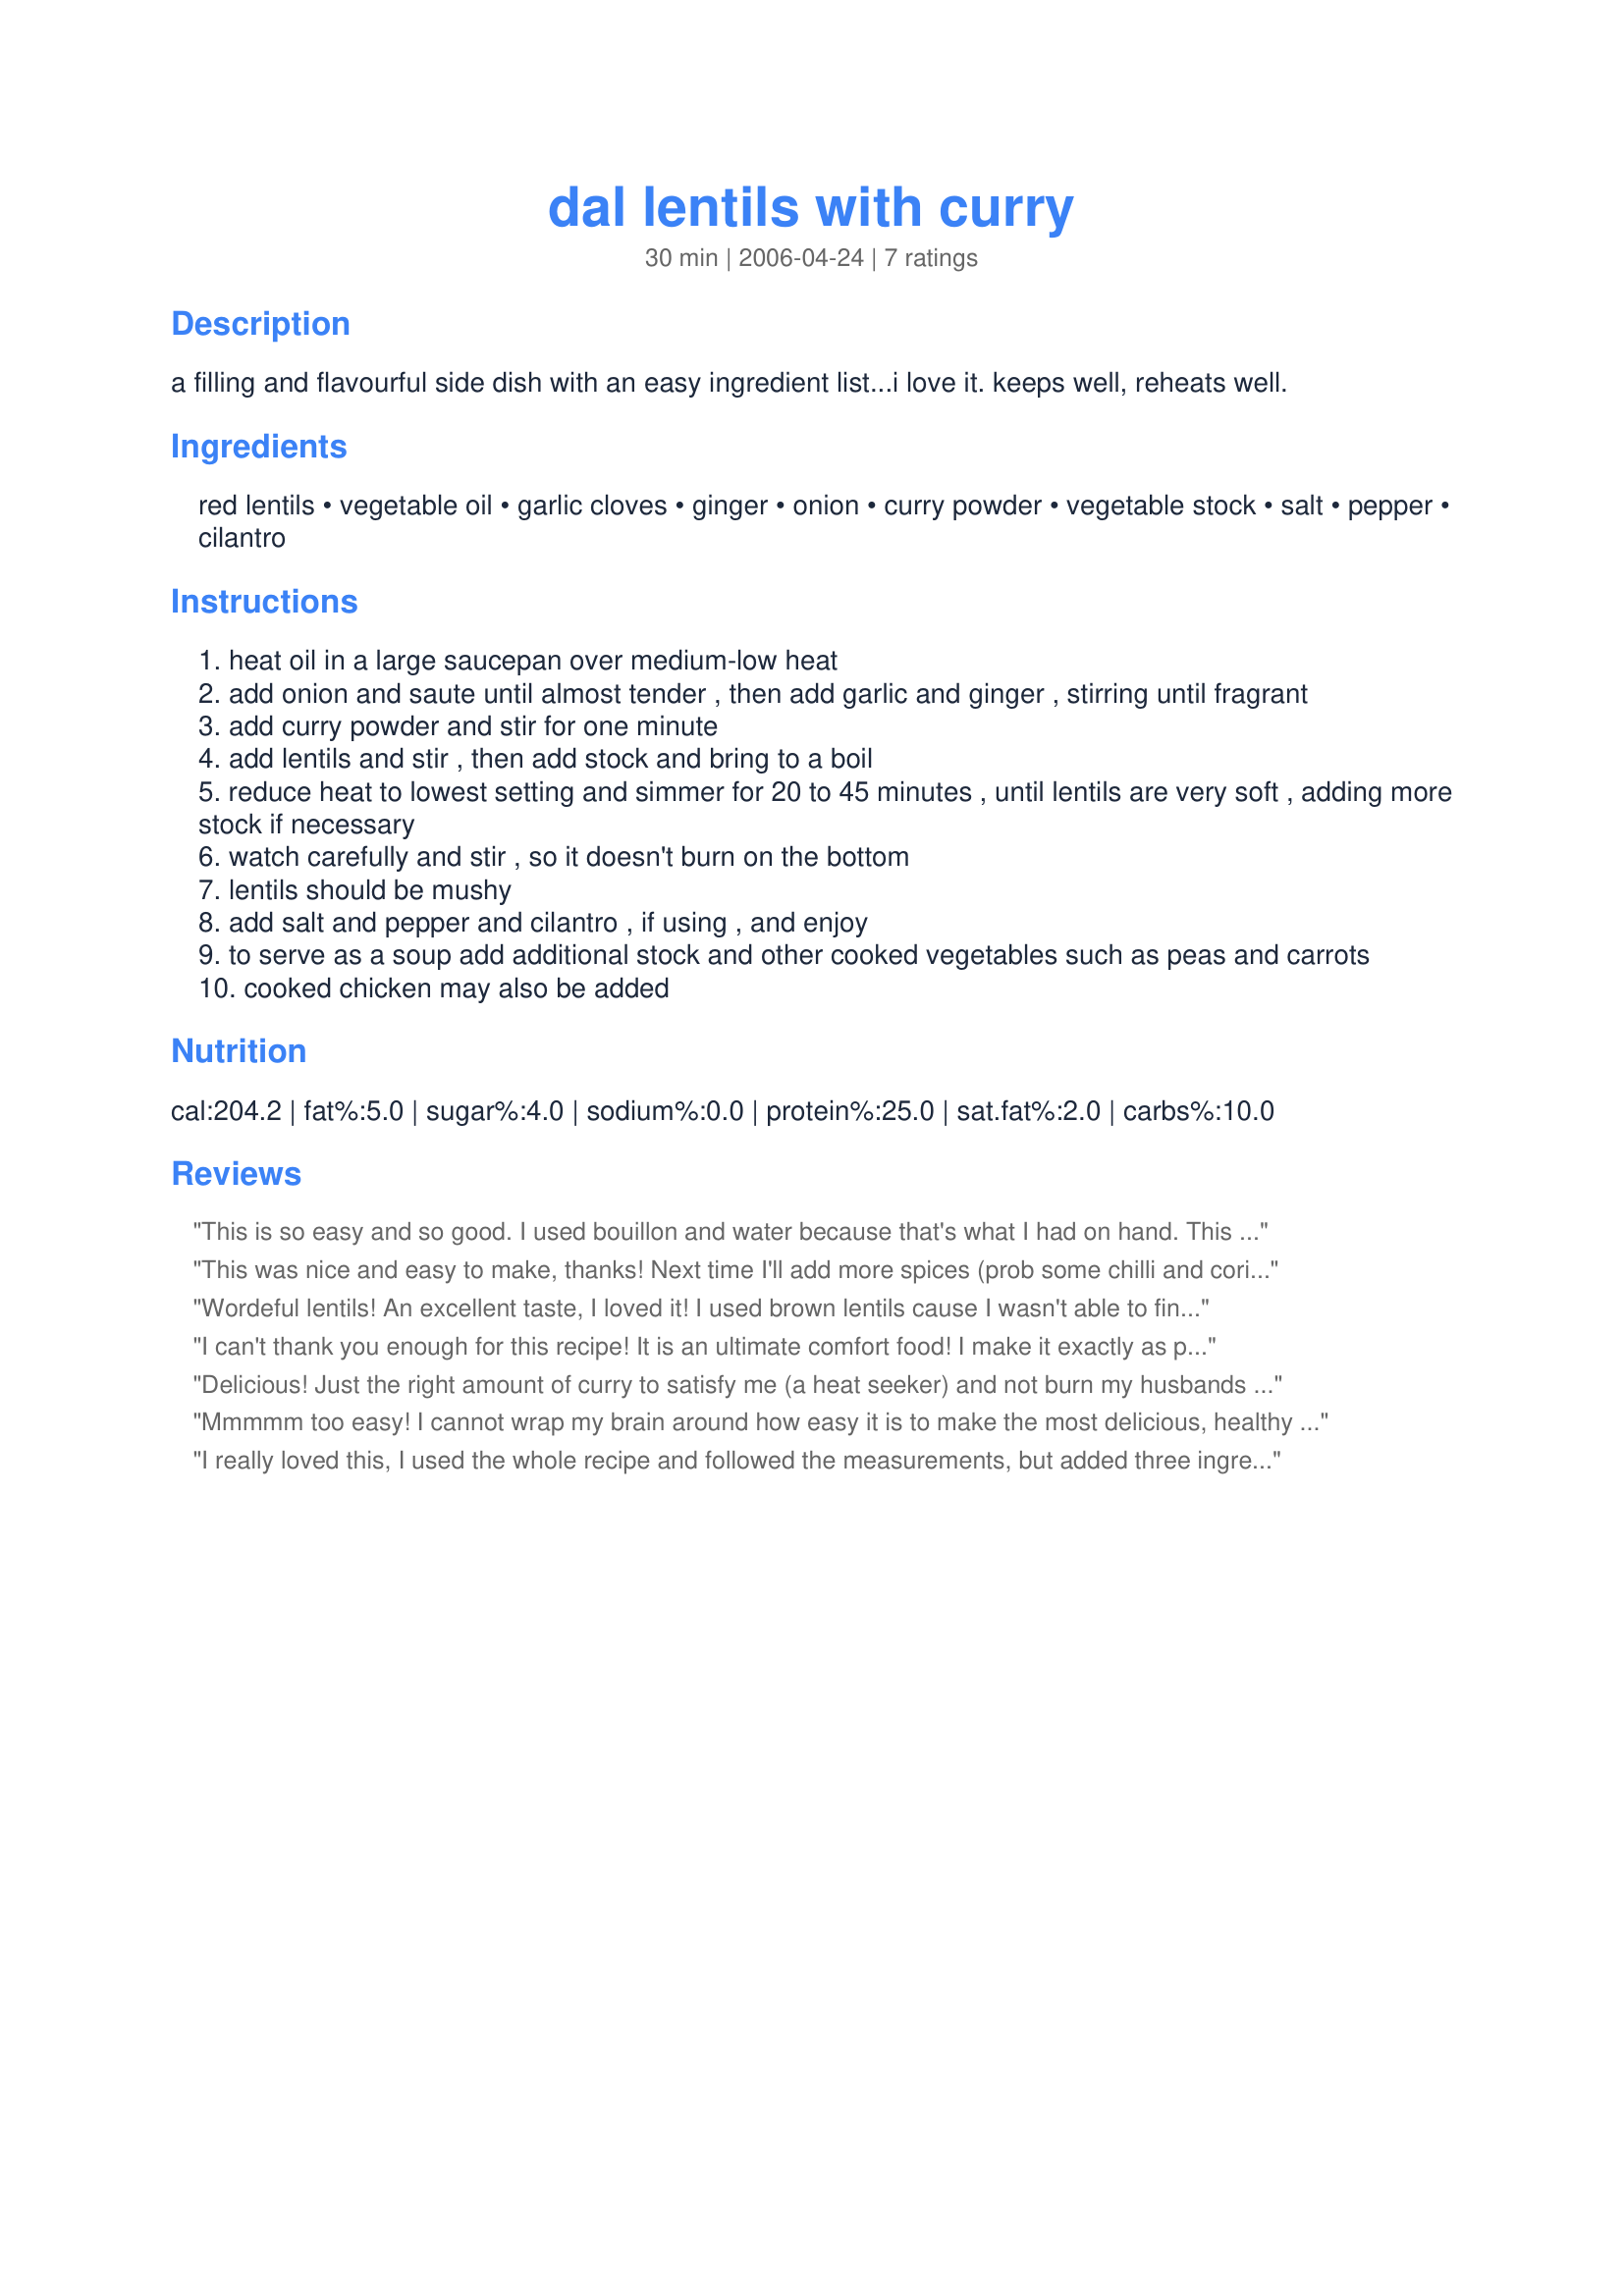
dal lentils with curry
Preparation time: 30 minutes

a filling and flavourful side dish with an easy ingredient list...i love it. keeps well, reheats well.

Ingredients:
red lentils, vegetable oil, garlic cloves, ginger, onion, curry powder, vegetable stock, salt, pepper, cilantro

Steps:
heat oil in a large saucepan over medium-low heat
add onion and saute until almost tender , then add garlic and ginger , stirring until fragrant
add curry powder and stir for one minute
add lentils and stir , then add stock and bring to a boil
reduce heat to lowest setting and simmer for 20 to 45 minutes , until lentils are very soft , adding more stock if necessary
watch carefully and stir , so it doesn't burn on the bottom
lentils should be mushy
add salt and pepper and cilantro , if using , and enjoy
to serve as a soup add additional stock and other cooked vegetables such as peas and carrots
cooked chicken may also be added

Reviews:
This is so easy and so good. I used bouillon and water because that's what I had on hand. This is going into the rotation.
This was nice and easy to make, thanks! Next time I'll add more spices (prob some chilli and coriander powders), more garlic and ginger, and will cook it for a touch less (prob stick to 20 mins).

It's a perfect meal to make on a Sunday and take to work for weekday lunches!
Wordeful lentils! An excellent taste, I loved it! I used brown lentils cause I wasn't able to find red ones. I used vegetable broth and it was a great vegan recipe! Thanks for this excellent recipe Cookin-jo!
I can't thank you enough for this recipe! It is an ultimate comfort food! I make it exactly as posted and it is delicious!!
Delicious! Just the right amount of curry to satisfy me (a heat seeker) and not burn my husbands tastebuds off (a heat wuss). Best of all it was SO EASY!
Mmmmm too easy! I cannot wrap my brain around how easy it is to make the most delicious, healthy dinner! I ate a tester bowl and planned to take the rest to work for lunches throughout the week, but finished half the pot in one sitting...next time I'll double it ;) Thank you!
I really loved this, I used the whole recipe and followed the measurements, but added three ingredients from another recipe and I think it turned out beautifully! I added 1 cinnamon stick and a bay leaf. When it was almost finished cooking I added a squeeze of lemon.
